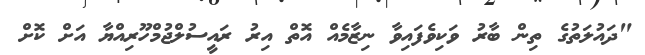
"ދައުލަތުގެ ތިން ބާރު ވަކިވެފައިވާ ނިޒާމެއް އޮތް އިރު ރައީސުލްޖުމްހޫރިއްޔާ އަށް ކޮށް